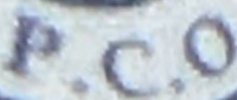
P.C.O